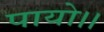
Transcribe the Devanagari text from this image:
पायो।।